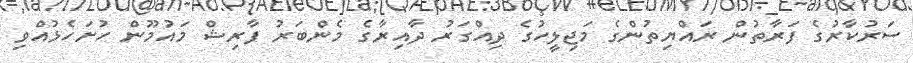
ސަރުކާރުގެ ފަރާތުން ރައްޔިތުންގެ މަޖިލީހުގެ ދިއްގަރު ދާއިރާގެ މެންބަރު ފާރިޝް މައުމޫން ހުށަހެޅުއްވި